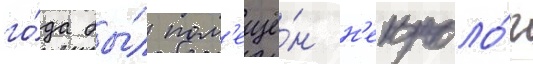
го́да бы́л пом'ещё́н н'екроло́г